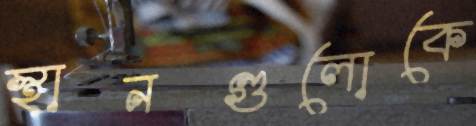
স্থানগুলোকে